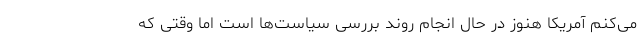
می‌کنم آمریکا هنوز در حال انجام روند بررسی سیاست‌ها است اما وقتی که